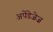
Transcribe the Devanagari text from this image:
अपेंडेजेज़